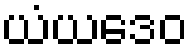
ယံယဒေဝ